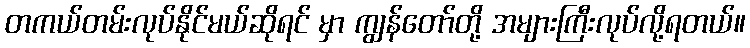
တကယ်တမ်းလုပ်နိုင်မယ်ဆိုရင် မှာ ကျွန်တော်တို့ အများကြီးလုပ်လို့ရတယ်။